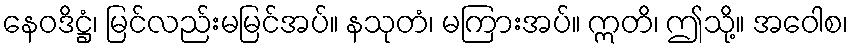
နေဝဒိဋ္ဌံ၊ မြင်လည်းမမြင်အပ်။ နသုတံ၊ မကြားအပ်။ ဣတိ၊ ဤသို့။ အဝေါစ၊